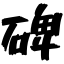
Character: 碑